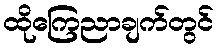
ထိုကြေညာချက်တွင်